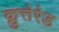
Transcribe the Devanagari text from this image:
क्लुत्तेरेड